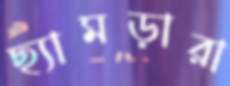
ছ্যামড়ারা